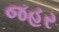
જહર